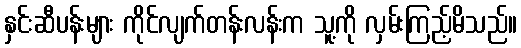
နှင်းဆီပန်းများ ကိုင်လျက်တန်းလန်းက သူ့ကို လှမ်းကြည့်မိသည်။